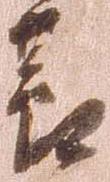
節